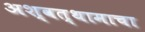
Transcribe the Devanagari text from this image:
अश्वत्थामाचा